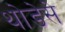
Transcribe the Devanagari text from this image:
थोङेसे